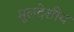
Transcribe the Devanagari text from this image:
मूलदेशीय